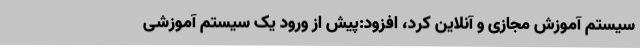
سیستم آموزش مجازی و آنلاین کرد، افزود:پیش از ورود یک سیستم آموزشی